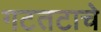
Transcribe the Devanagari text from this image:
गटतटाचे